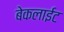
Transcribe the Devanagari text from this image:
बेकलाईट